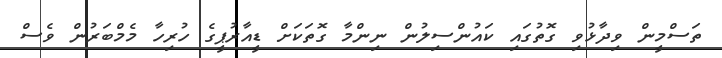
ތަސްމީން ވިދާޅުވި ގޮތުގައި ކައުންސިލުން ނިންމާ ގޮތަކަށް ޑީއާރުޕީގެ ހުރިހާ މެމްބަރުން ވެސް